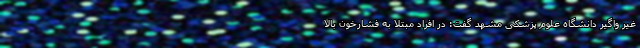
غیر واگیر دانشگاه علوم پزشکی مشهد گفت: در افراد مبتلا به فشارخون بالا